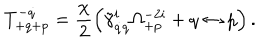
LaTeX: T _ { + q + p } ^ { - \dot { q } } = \frac { \chi } { 2 } \left( \tilde { \gamma } _ { \dot { q } q } ^ { i } \Omega _ { + p } ^ { - 2 i } + q \leftrightarrow p \right) .